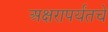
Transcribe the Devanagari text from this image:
अक्षरापर्यंतचे